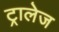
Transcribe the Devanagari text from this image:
ट्रालेज